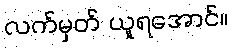
လက်မှတ် ယူရအောင်။